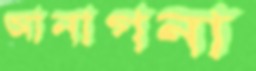
আনাগনা